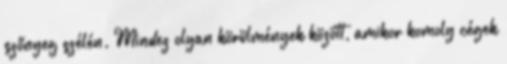
szőnyeg szélén. Mindez olyan körülmények között, amikor komoly cégek